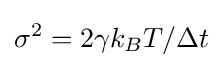
\sigma ^{2}=2\gamma k_{B}T/\Delta t